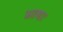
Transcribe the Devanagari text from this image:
भाषाः